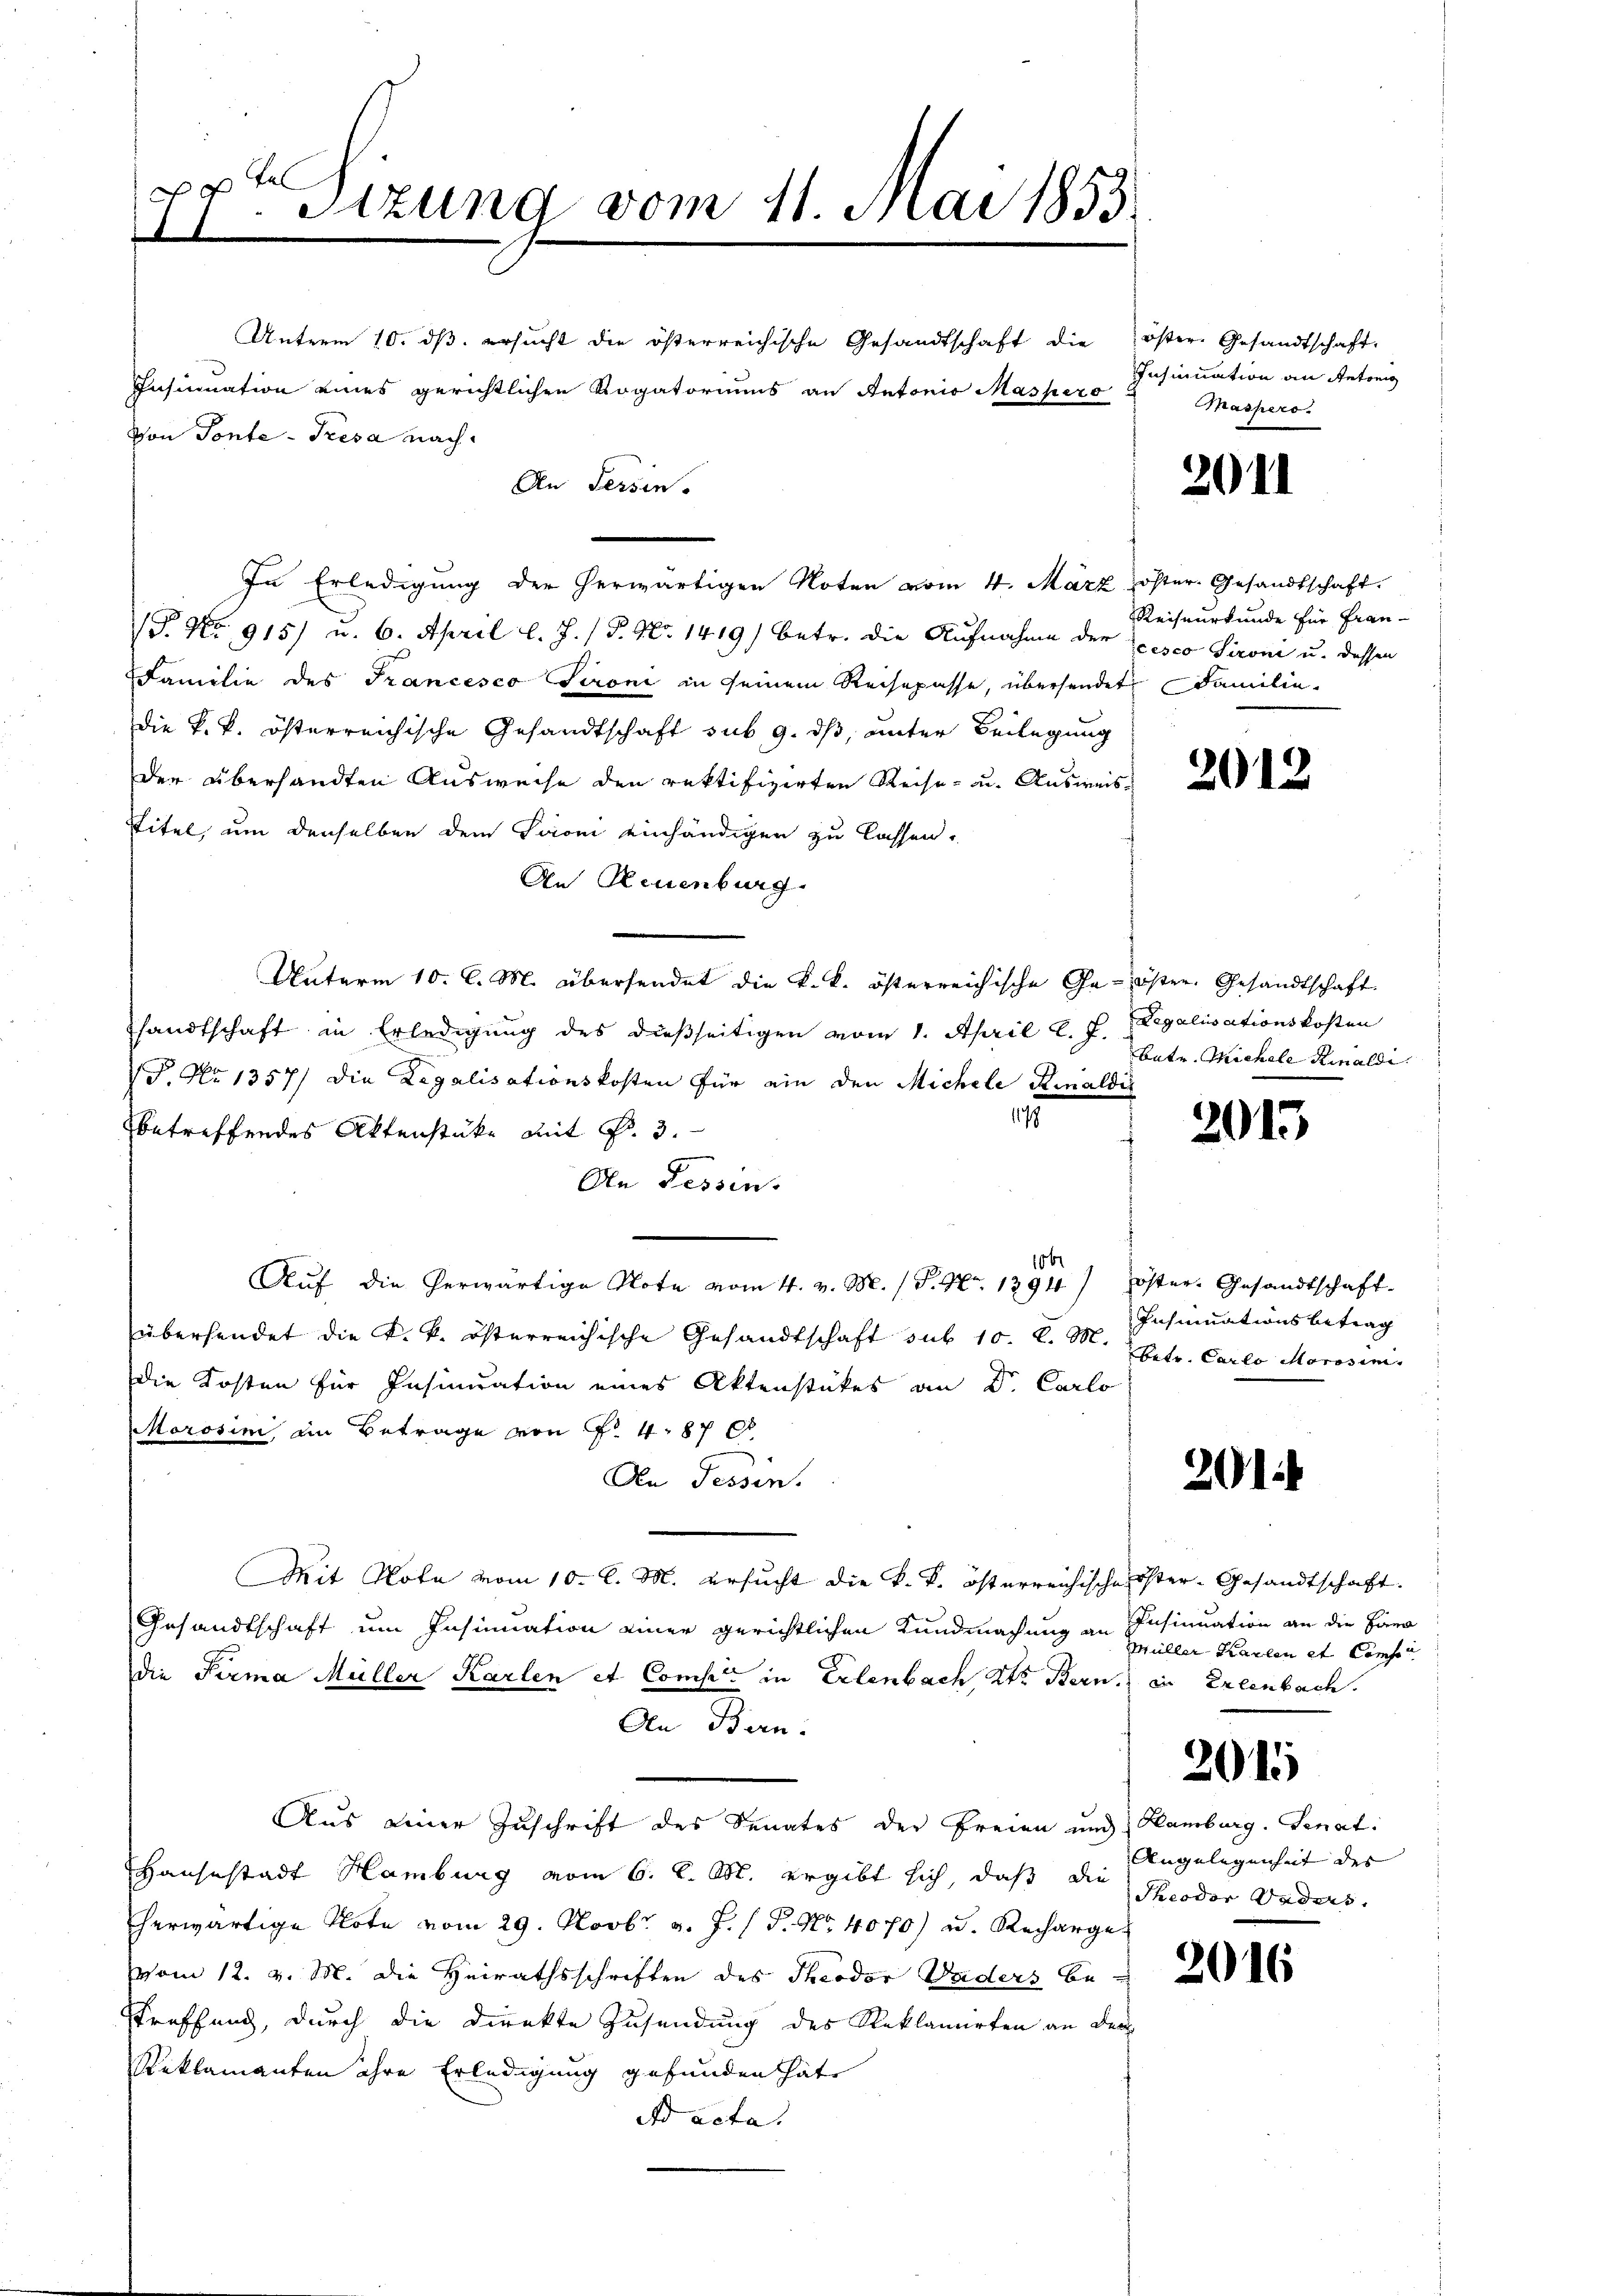
Sizung vom 11. Mai 1853.
17

An Fessen.

Unterm 10. ds. ersucht die österreichische Gesandtschaft die
Insinuation eines gerichtlichen Rogatoriums an Retorio Maspero
Von Tonte - Tresa nach

In Erledigung der herwärtigen Noten vom 4. März öster. Gesandtschaft.
(P. Nr. 915) u. 6. April l. J. (T. No. 1419) betr. die Aufnahme der Zesco Sironi u. dessen
Familie des Francesco Tironi in seinem Reisepasse, übersendet Familie
Die k. k. österreichische Gesandtschaft sub 9. ds, unter Beilegung
der übersandten Ausweise den rektifizirten Reise- u. Ausweis¬
Titel, um denselben dem Tironi einhändigen zu lassen,
An Reuenburg
Unterm 10. C. M. übersendet die k. k. österreichische Ga-öster. Gesandtschaft
sandtschaft in Erledigung des dießseitigen vom 1. April l. J. Legalisationskosten
P. No 1357/ die Legalisationskosten für ein den Michele Kinaldi
1178
betreffendes Aktenstüke mit Fr. 3.
An Fessen.
ob
Auf die herwärtige Note vom 4. v. M. (S. Nr. 1394) öster- Gesandtschaft-
überhandet die k. k. österreichische Gesandtschaft sub 10. d. M. betr. Carlo Marosim.
die Kosten für Insinuation eines Aktenstückes an Dr. Carlo
Morosim, in Betrage von Fr. 4. 87 f
An Tessin.
Mit Note vom 10. l. M. ersucht die k. k. österreichische Oster- Gesandtschaft
Gesandtschaft um Insinuation einer gerichtlichen Kundmachung an
die Firma Müller Karlen et Comp. in Erlenbach, Kt. Bern, in Erlenbach.
An Bern.
Aus einer Zuschrift des Senates der Freien und Hamburg. Senat
Hausestadt Hamburg vom 6. l. M. ergibt sich, daß die Theodor Daders.
herwärtige Note vom 29. Novbr. v. J. P. Nr. 4070) u. Recharge
vom 12. v. M. die Heirathsschriften des Theodor Puders be-
stroffend, durch die Direkte Zusendung des Reklamirten an den
Reklamanten ihre Erledigung gefunden häte
Ad acta.

öster Gesandtschaft,
Insinuation an Antönig
Maspers

2

.

Reiseurkunde für Fran-

2012

Batr. Michale Rinaldi

201

Insinuationsbetrag

201

Insinuation an die Hand
Müller Karlen et Conf

2015

Angelegenheit des |

201